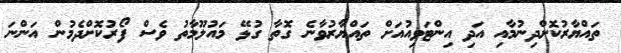
ތައްޔާރުކޮށްދިނުމާއި އަދި އިންޓަވިއުއަށް ތައްޔާރުވާނެ ގޮތާ ގުޅޭ މައުލޫމާތު ވެސް ފޯރުކޮށްދެމުން އަންނަ